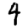
Digit: 4